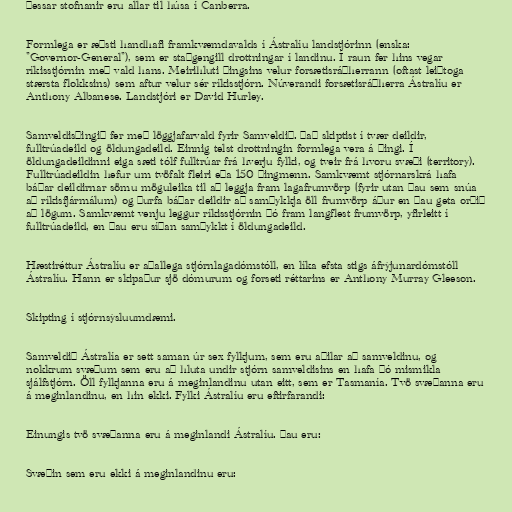
Þessar stofnanir eru allar til húsa í Canberra.

Formlega er æðsti handhafi framkvæmdavalds í Ástralíu landstjórinn (enska:
"Governor-General"), sem er staðgengill drottningar í landinu. Í raun fer hins vegar
ríkisstjórnin með vald hans. Meirihluti þingsins velur forsætisráðherrann (oftast leiðtoga
stærsta flokksins) sem aftur velur sér ríkisstjórn. Núverandi forsætisráðherra Ástralíu er
Anthony Albanese. Landstjóri er David Hurley.

Samveldisþingið fer með löggjafarvald fyrir Samveldið. Það skiptist í tvær deildir,
fulltrúadeild og öldungadeild. Einnig telst drottningin formlega vera á þingi. Í
öldungadeildinni eiga sæti tólf fulltrúar frá hverju fylki, og tveir frá hvoru svæði (territory).
Fulltrúadeildin hefur um tvöfalt fleiri eða 150 þingmenn. Samkvæmt stjórnarskrá hafa
báðar deildirnar sömu möguleika til að leggja fram lagafrumvörp (fyrir utan þau sem snúa
að ríkisfjármálum) og þurfa báðar deildir að samþykkja öll frumvörp áður en þau geta orðið
að lögum. Samkvæmt venju leggur ríkisstjórnin þó fram langflest frumvörp, yfirleitt í
fulltrúadeild, en þau eru síðan samþykkt í öldungadeild.

Hæstiréttur Ástralíu er aðallega stjórnlagadómstóll, en líka efsta stigs áfrýjunardómstóll
Ástralíu. Hann er skipaður sjö dómurum og forseti réttarins er Anthony Murray Gleeson.

Skipting í stjórnsýsluumdæmi.

Samveldið Ástralía er sett saman úr sex fylkjum, sem eru aðilar að samveldinu, og
nokkrum svæðum sem eru að hluta undir stjórn samveldisins en hafa þó mismikla
sjálfstjórn. Öll fylkjanna eru á meginlandinu utan eitt, sem er Tasmanía. Tvö svæðanna eru
á meginlandinu, en hin ekki. Fylki Ástralíu eru eftirfarandi:

Einungis tvö svæðanna eru á meginlandi Ástralíu. Þau eru:

Svæðin sem eru ekki á meginlandinu eru: